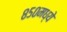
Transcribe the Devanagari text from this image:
८५०मध्ये